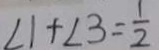
\angle 1 + \angle 3 = \frac { 1 } { 2 }